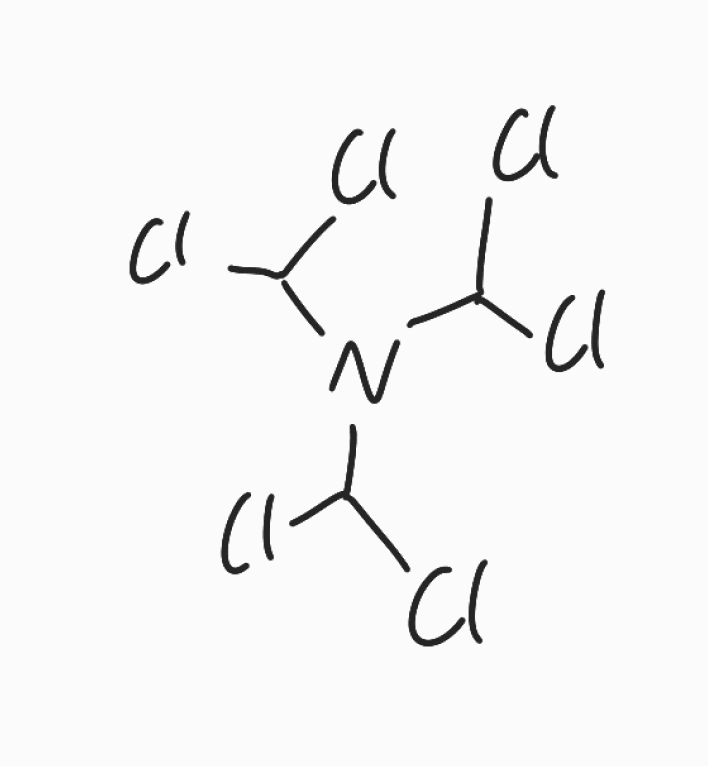
Simplified molecular-input line-entry system (SMILES) notation of the given molecule:
C(N(C(Cl)Cl)C(Cl)Cl)(Cl)Cl